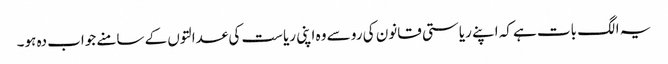
یہ الگ بات ہے کہ اپنے ریاستی قانون کی رو سے وہ اپنی ریاست کی عدالتوں کے سامنے جواب دہ ہو۔